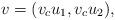
LaTeX: \begin{align*}v = (v_c u_1, v_c u_2), \end{align*}